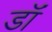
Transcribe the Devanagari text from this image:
डॉं